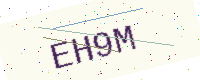
Text: EH9M